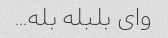
وای بلبله بله...